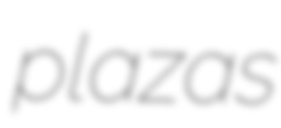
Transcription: plazas